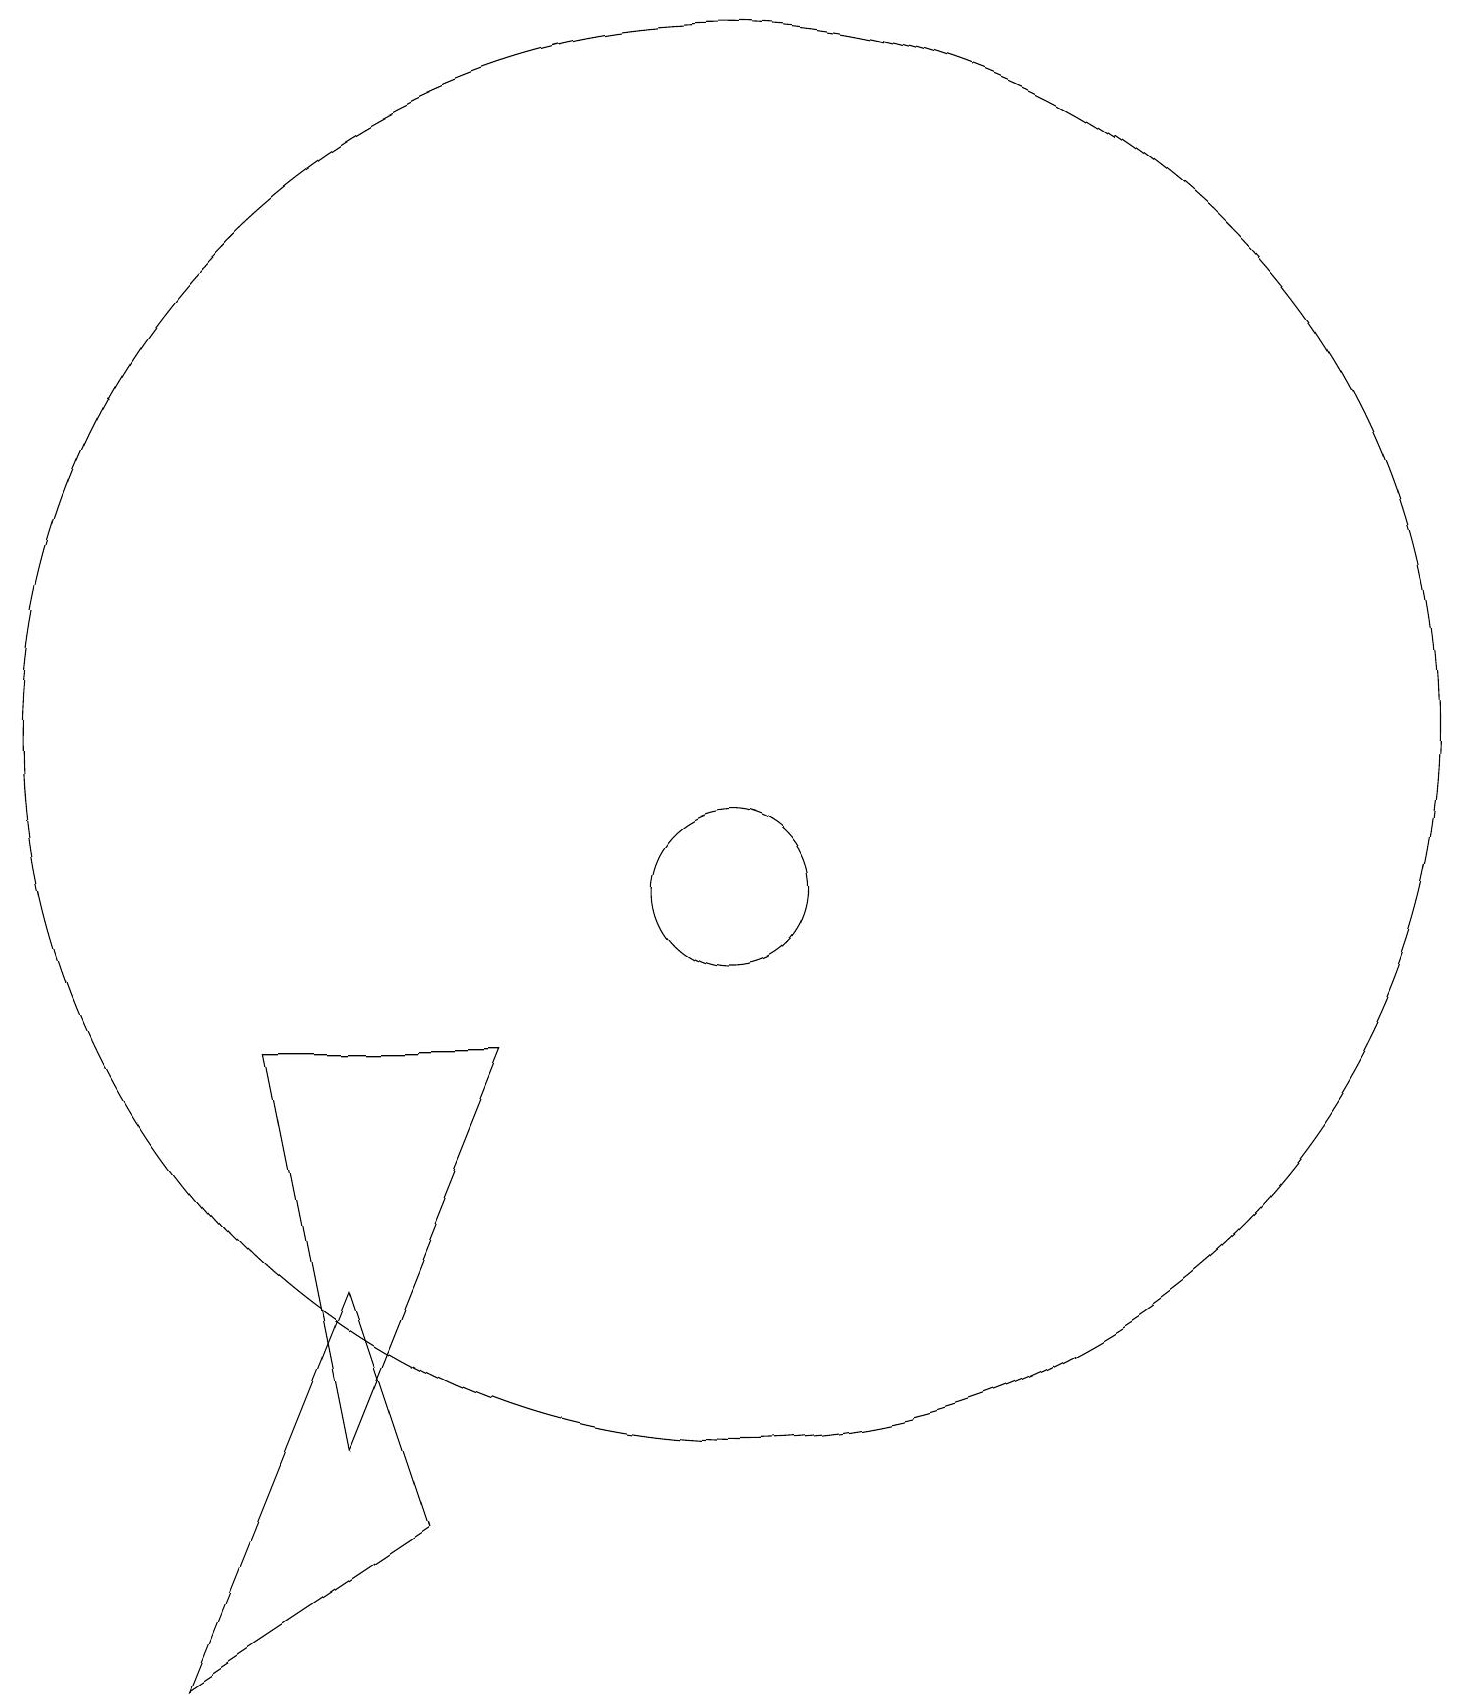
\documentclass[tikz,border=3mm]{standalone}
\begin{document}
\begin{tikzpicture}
\draw (5,8) -- (6,3) -- (8,8) -- cycle;
\draw (11,12) circle (9);
\draw (6,5) -- (4,0) -- (7,2) -- cycle;
\draw (11,10) circle (1);
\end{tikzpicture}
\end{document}